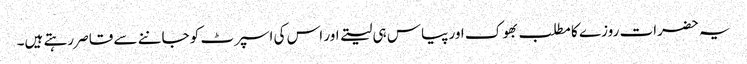
یہ حضرات روزے کا مطلب بھوک اور پیاس ہی لیتے اور اس کی اسپرٹ کو جاننے سے قاصر رہتے ہیں۔